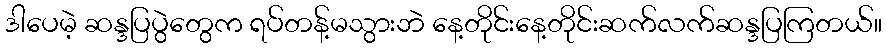
ဒါပေမဲ့ ဆန္ဒပြပွဲတွေက ရပ်တန့်မသွားဘဲ နေ့တိုင်းနေ့တိုင်းဆက်လက်ဆန္ဒပြကြတယ်။